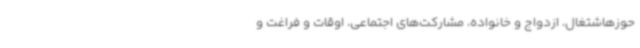
حوزهاشتغال، ازدواج و خانواده، مشارکت‌های اجتماعی، اوقات و فراغت و